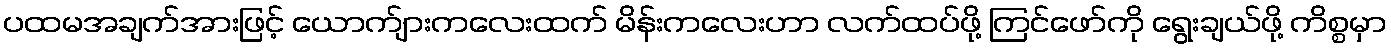
ပထမအချက်အားဖြင့် ယောက်ျားကလေးထက် မိန်းကလေးဟာ လက်ထပ်ဖို့ ကြင်ဖော်ကို ရွေးချယ်ဖို့ ကိစ္စမှာ